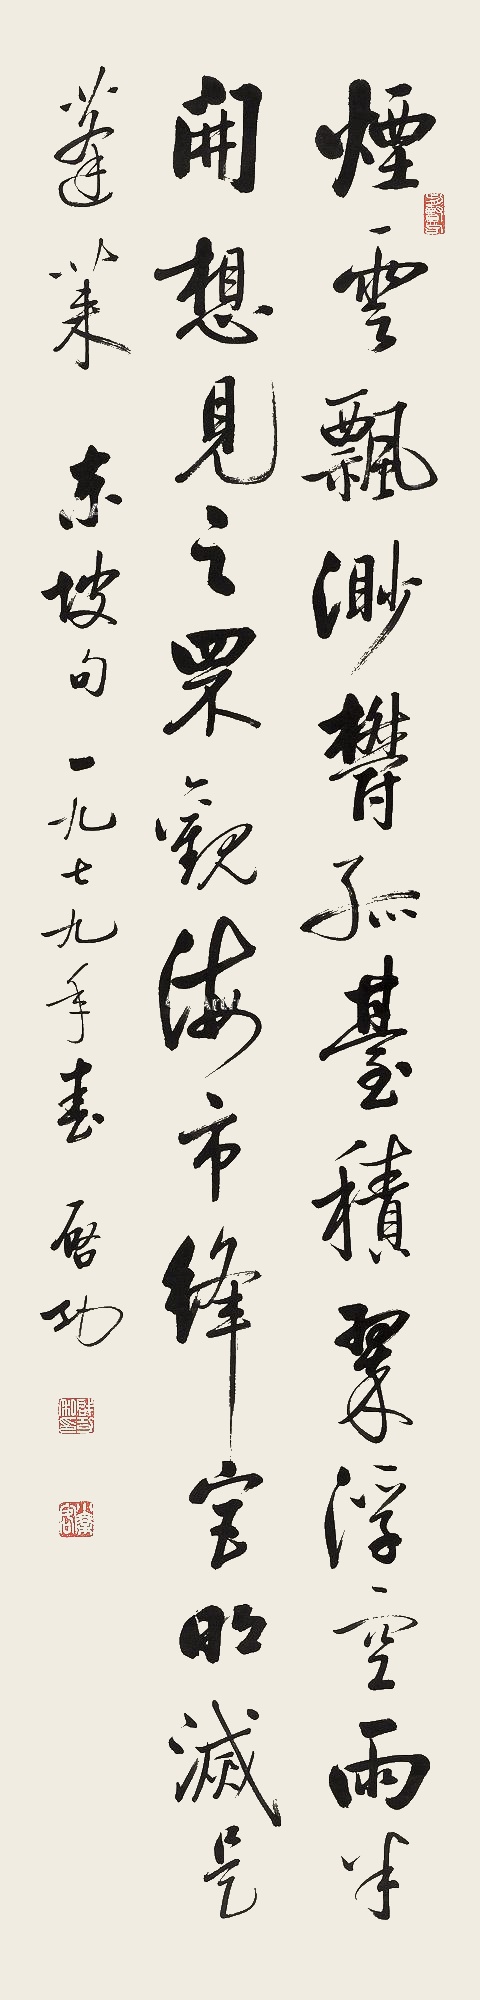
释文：烟云飘缈郁孤台，积翠浮空雨半开。想见之罘观海市，绛宫明灭是蓬莱。东坡句。一九七九年春，启功。